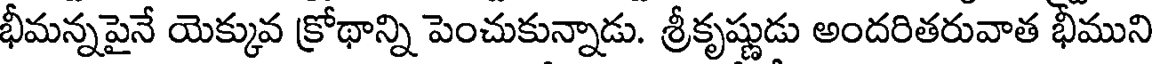
భీమన్నపైనే యెక్కువ క్రోథాన్ని పెంచుకున్నాడు. శ్రీకృష్ణుడు అందరితరువాత భీముని